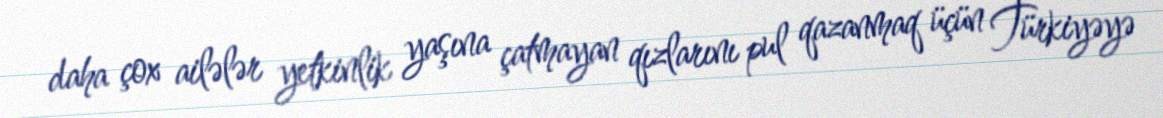
daha çox ailələr yetkinlik yaşına çatmayan qızlarını pul qazanmaq üçün Türkiyəyə